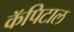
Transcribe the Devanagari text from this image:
कॅपिटाल